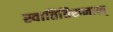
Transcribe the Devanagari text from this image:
स्वातितिरुनाल्